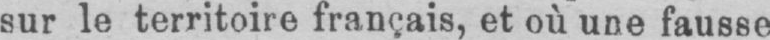
sur le territoire français, et où une fausse